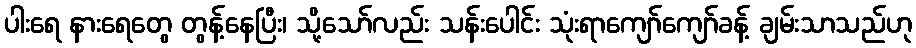
ပါးရေ နားရေတွေ တွန့်နေပြီး၊ သို့သော်လည်း သန်းပေါင်း သုံးရာကျော်ကျော်ခန့် ချမ်းသာသည်ဟု